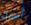
أعداء